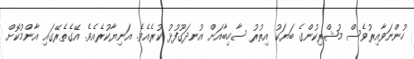
ހުންނަވާއިރުވެސް މުޝްރިކުންގެ ބަޔަކު އިތުރު ސާހިބާއަށް އުނދަގޫފުޅު ކުރެއެވެ. އަނިޔާކުރެއެވެ. އޭގެތެރޭގައި އާންމުކޮށް